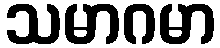
သမာဂမာ